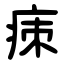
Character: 㾊